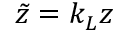
\tilde { z } = k _ { L } z